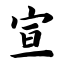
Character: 宣